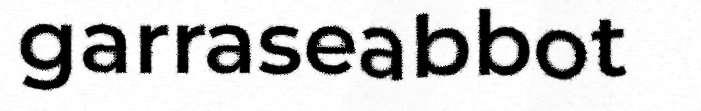
garraseabbot